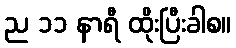
ည ၁၁ နာရီ ထိုးပြီးခါစ။